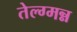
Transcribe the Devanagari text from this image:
तेल्ग्मन्न